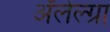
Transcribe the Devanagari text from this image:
अॅलेल्ग्रा